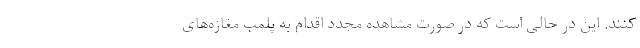
کنند. این در حالی است که در صورت مشاهده مجدد اقدام به پلمب مغازه‌های